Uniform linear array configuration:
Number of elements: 4
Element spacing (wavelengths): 1
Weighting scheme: hamming
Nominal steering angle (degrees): -60
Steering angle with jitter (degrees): -58.748
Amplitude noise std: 0.05
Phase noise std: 0.05

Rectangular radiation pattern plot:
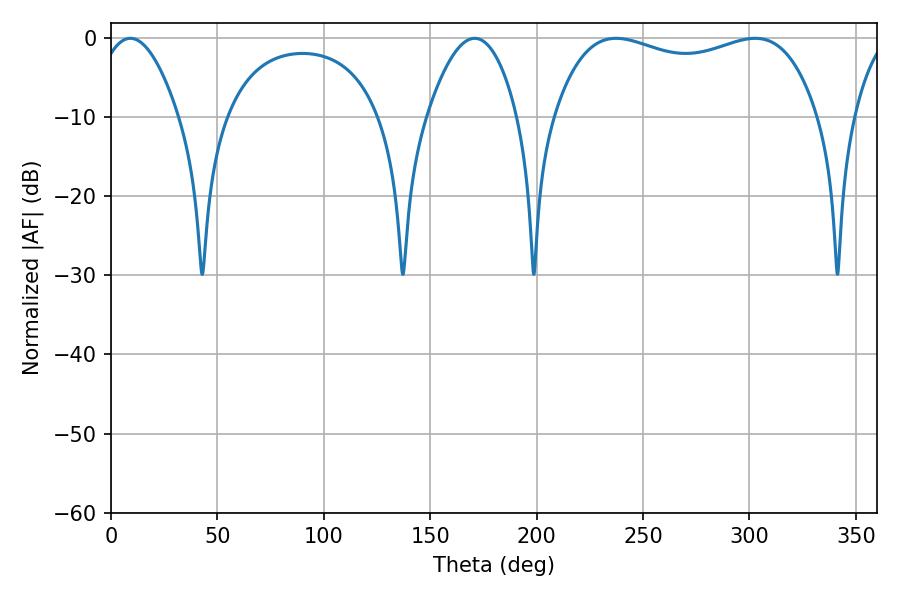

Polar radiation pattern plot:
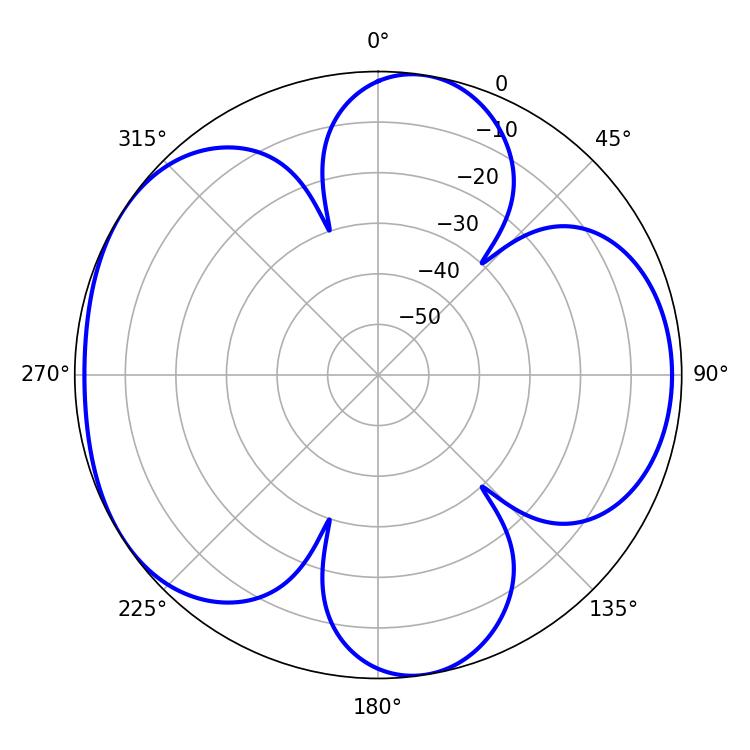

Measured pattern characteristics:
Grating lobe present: TRUE
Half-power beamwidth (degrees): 100.8
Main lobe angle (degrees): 237.24